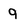
Character: 9